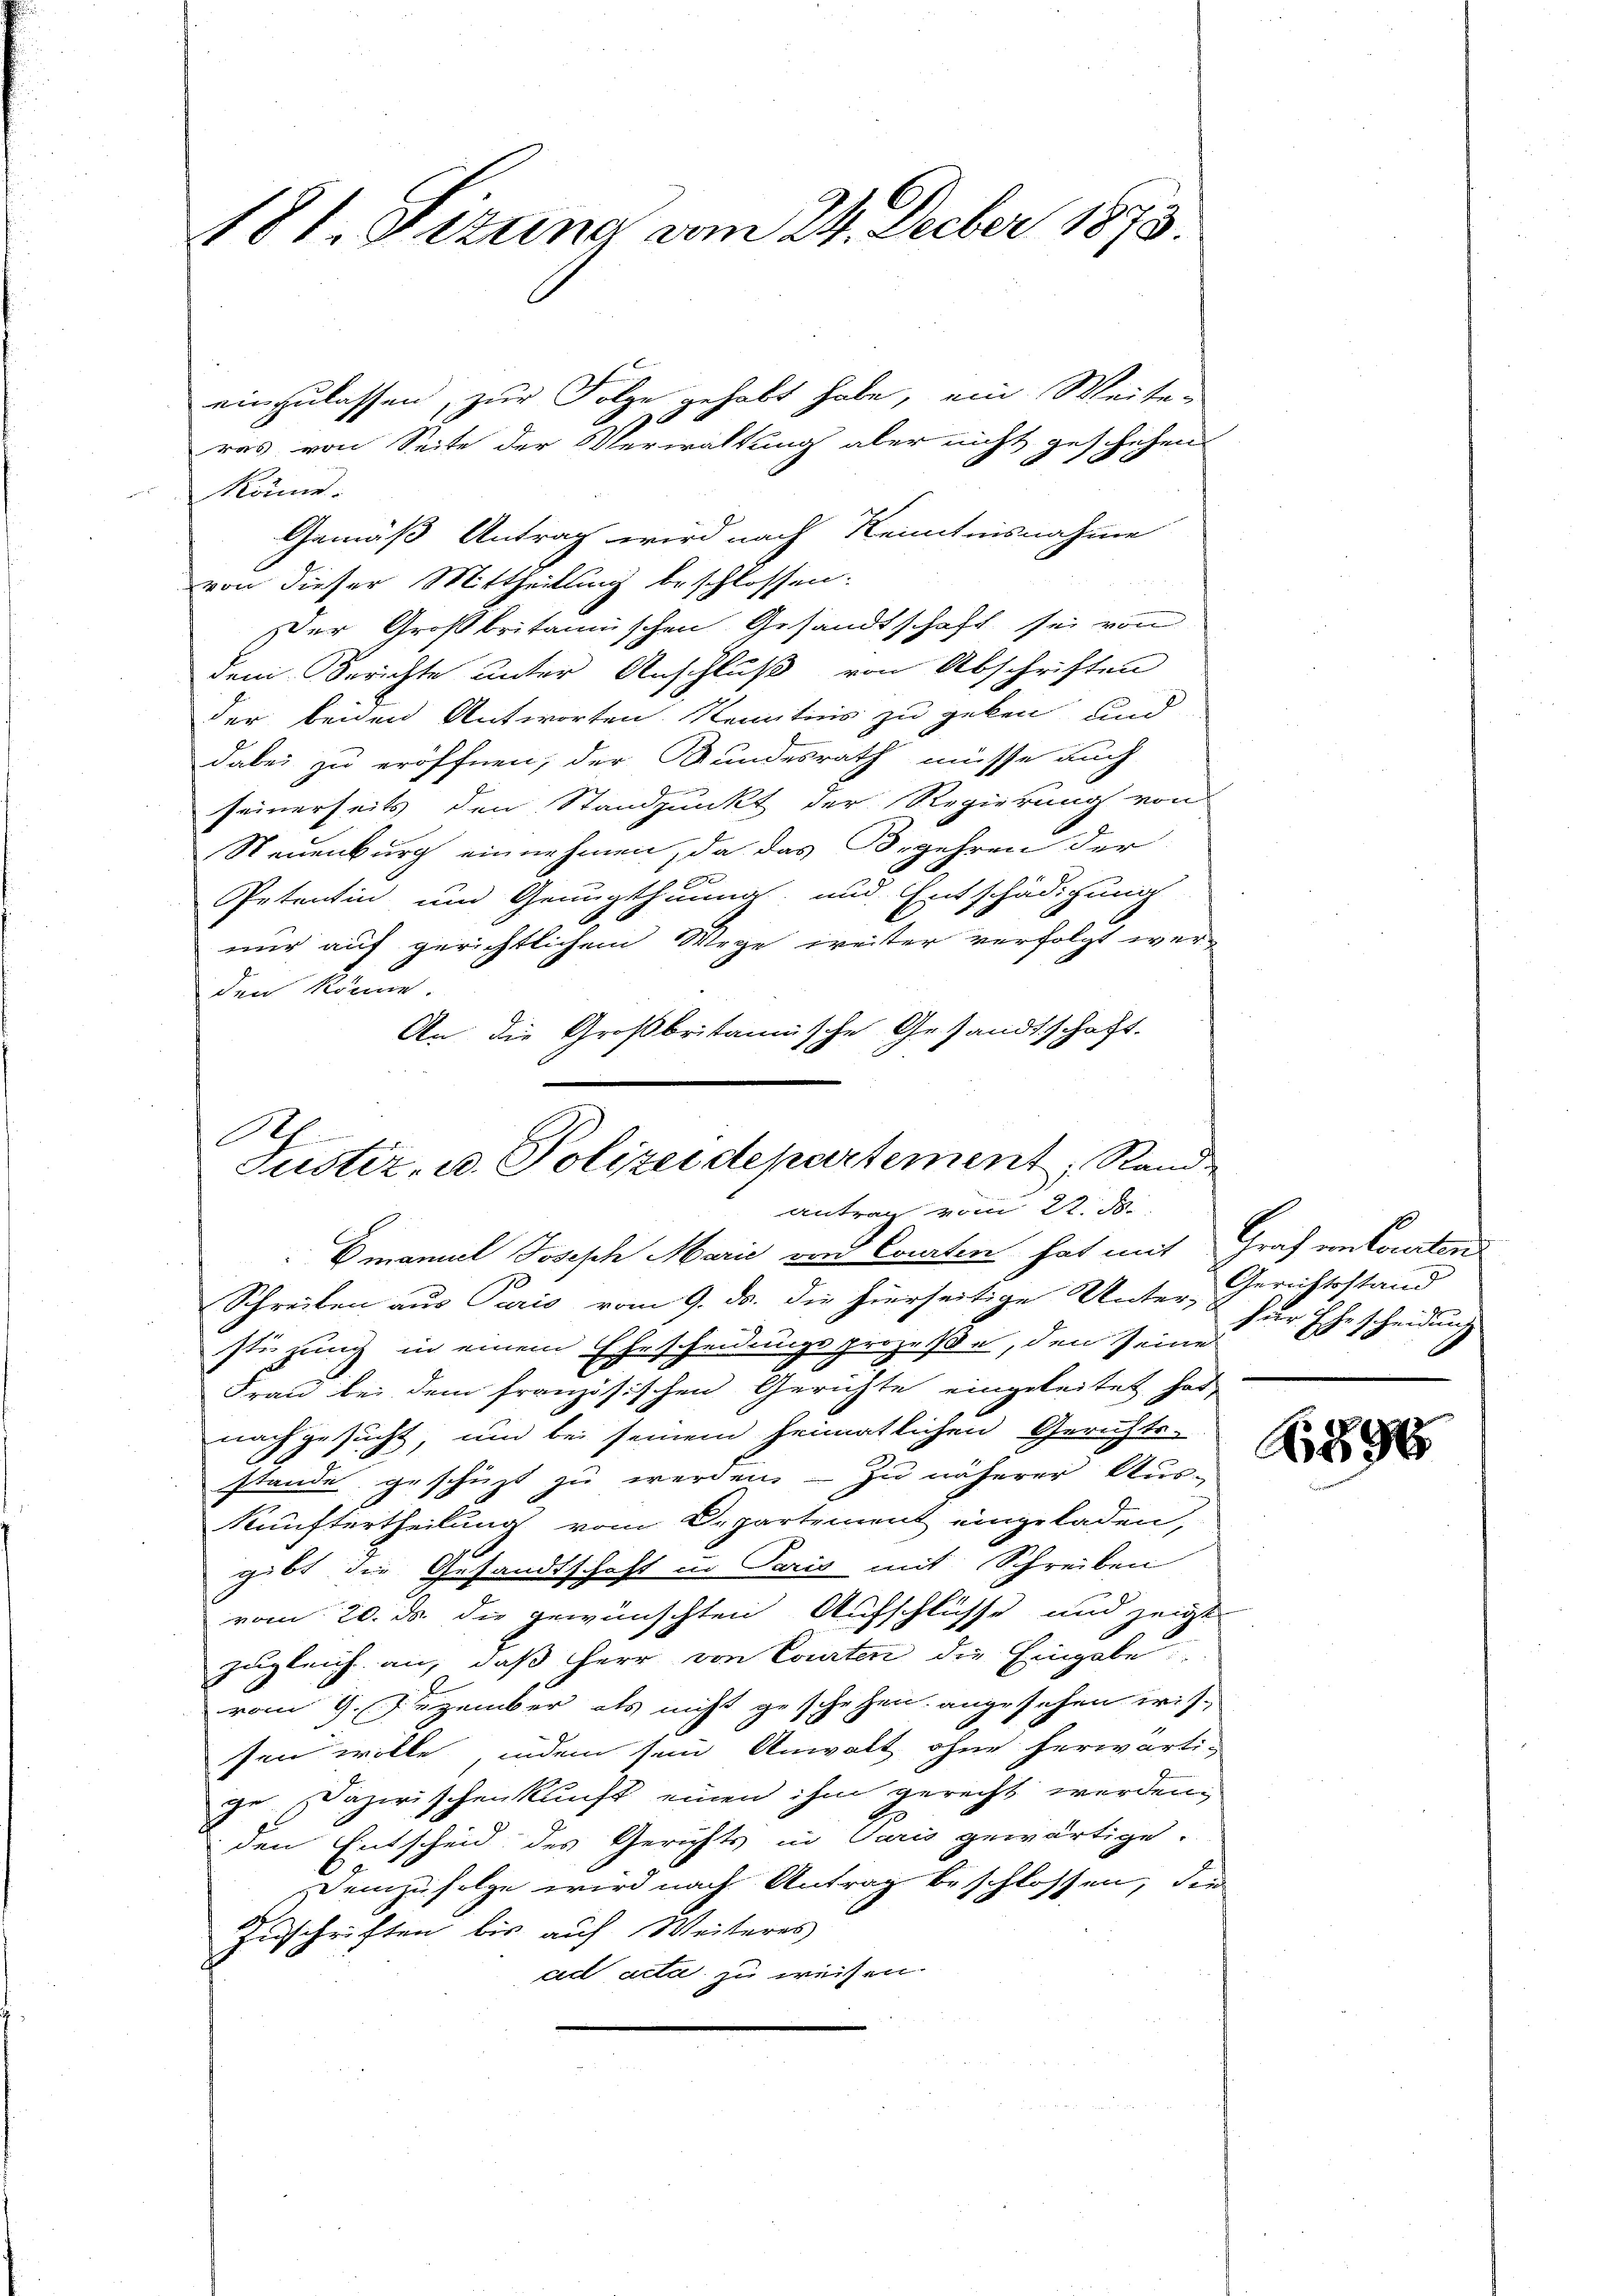
181. Sizung vom 24. Decber 1873.

könne.
Gemäß Antrag wird nach Kenntnisnahme
von dieser Mittheilung beschlossen:
Der Großbritannischen Gesandtschaft sei von
dem Gerichte unter Anschluß von Abschriften
der beiden Antworten Kenntnis zu geben und
dabei zu eröffnen; der Bundesrath müsse auch
seinerseits den Standpunkt der Regierung von
Neuenburg einnehmen, da das Begehren der
Petentin und Genugthuung und Entschädigung
nur auf gerichtlichem Wege weiter verfolgt werden könne.
An die Großbritannische Gesandtschaft.

einzulassen, zur Folge gehabt habe, ein Weiter
.
ras von Seite der Verwaltung aber nicht geschehen

R
Justiz- u. Polizeidepartement, Rand
Antrag vom 22. d.

Emanal Joseph Marie von Courten hat mit Graf entanten
Schreiben aus Paris vom 9. ds. die hierseitige Unter-Gerichtsstand
stüzung in einem Ehescheidungsprozeße, den seine Ehescheidung
Frau bei dem französischen Gerichte eingeleitet hat,
nachgesucht, und bei seinem heimatlichen Gerichts-
stande geschüzt zu werden. — Zu näherer Aus-
Künftertheilung vom Departement eingeladen,
gibt die Gesandtschaft in Paris mit Schreiben
vom 20. ds die gewünschten Aufschlüsse und zeigt
zugleich an, daß Herr von Courten die Eingabe
vom 9. Dezember als nicht geschehen angesehen wis-
sen wolle, indem sein Anwalt ohne herwärti-
ge Dazwischenkunft einen ihm gerecht werden.
den Entscheid des Gerichts in Paris gewärtige.
Demzufolge wird nach Antrag beschlossen, die
Zuschriften bis auf Weiteres
ad acta zu weisen.

Ao 1890